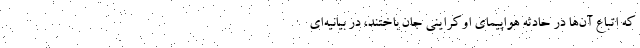
که اتباع آن‌ها در حادثه هواپیمای اوکراینی جان باختند، در بیانیه‌ای